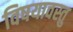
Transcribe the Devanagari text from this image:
विषयावस्तु